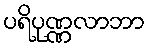
ပရိပုဏ္ဏလာဘာ